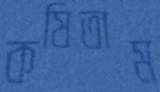
কষিতাম